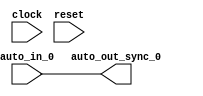
module IntSyncCrossingSource_4(
  input   clock,
  input   reset,
  input   auto_in_0,
  output  auto_out_sync_0
);
  assign auto_out_sync_0 = auto_in_0; // @[Nodes.scala 1210:84 LazyModule.scala 309:16]
endmodule